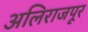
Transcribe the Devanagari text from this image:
अलिराजपूर